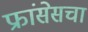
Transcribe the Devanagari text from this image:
फ्रांसेसचा